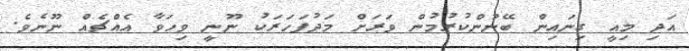
އަދި މިއީ ގިނައިން ބޭނުންކުރުމުން ވަރަށް މަދުފަހަރަކު ނޫނީ ވިހަވާ އެއްޗެއް ނޫނެވެ.